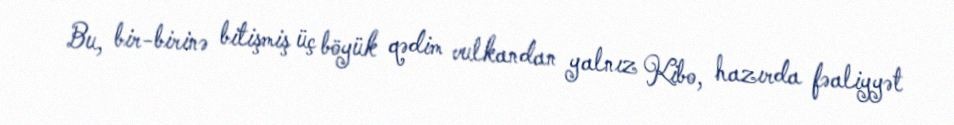
Bu, bir-birinə bitişmiş üç böyük qədim vulkandan yalnız Kibo, hazırda fəaliyyət